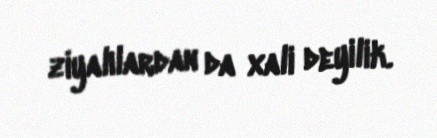
ziyalılardan da xali deyilik.